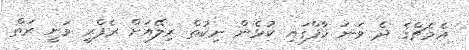
އެމެޗްގެ ދެ ވަނަ ހާފްގައި ކުޅެން ނިކުތް ރިލޭއަށް ރެފްރީ ވަނީ ރަތް